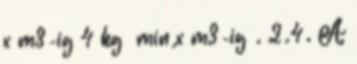
x m3-ig 4 kg min x m3-ig . 2.4. A